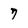
Character: 7